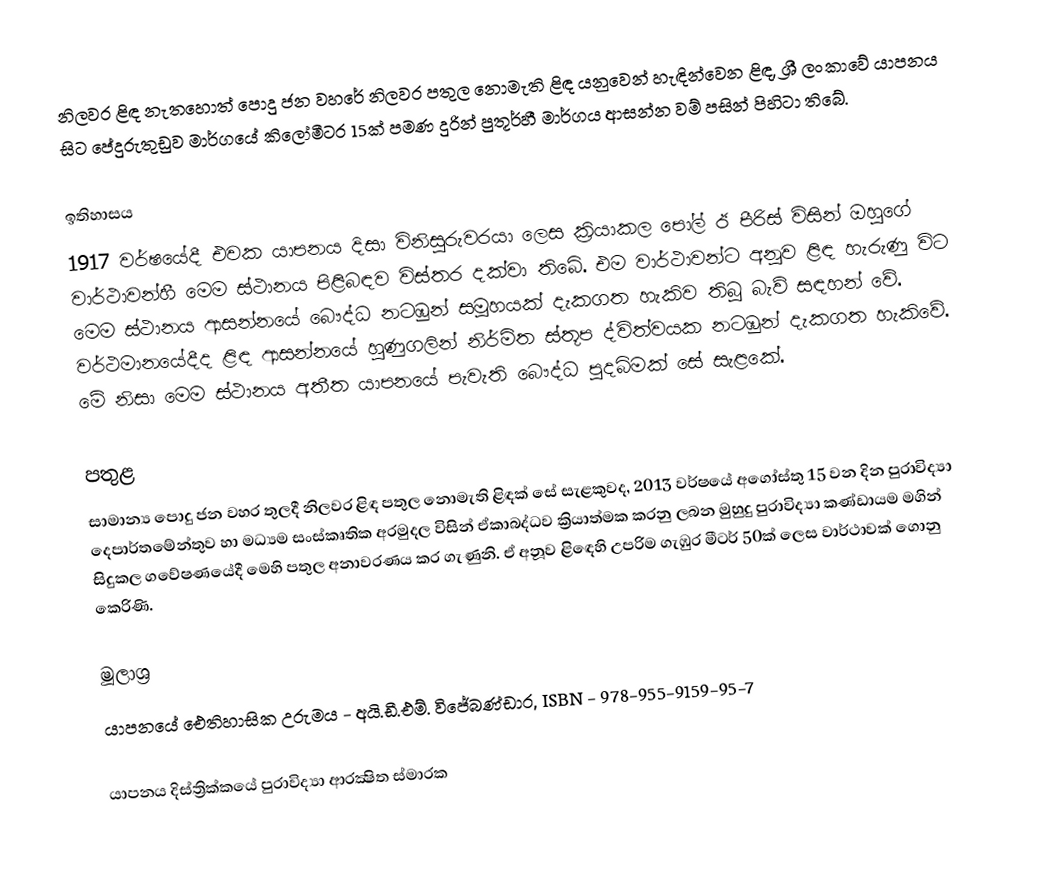
නිලවර ළිඳ නැතහොත් පොදු ජන වහරේ නිලවර පතුල නොමැති ළිඳ යනුවෙන් හැඳින්වෙන ළිඳ, ශ්‍රී ලංකාවේ යාපනය සිට පේදුරුතුඩුව මාර්ගයේ කිලෝමීටර 15ක් පමණ දුරින් පුතූර්හී මාර්ගය ආසන්න වම් පසින් පිහිටා තිබේ.

ඉතිහාසය
1917 වර්ෂයේදී එවක යාපනය දිසා විනිසුරුවරයා ලෙස ක්‍රියාකල පෝල් ඊ පීරිස් විසින් ඔහුගේ වාර්ථාවන්හී මෙම ස්ථානය පිළිබඳව විස්තර දක්වා තිබේ. එම වාර්ථාවන්ට අනූව ළිඳ හැරුණු විට මෙම ස්ථානය ආසන්නයේ බෞද්ධ නටඹුන් සමූහයක් දැකගත හැකිව තිබූ බැව් සඳහන් වේ. වර්ථමානයේදීද ළිඳ ආසන්නයේ හුණුගලින් නිර්මිත ස්තූප ද්විත්වයක නටඹුන් දැකගත හැකිවේ. මේ නිසා මෙම ස්ථානය අතීත යාපනයේ පැවැති බෞද්ධ පුදබිමක් සේ සැළකේ.

පතුළ
සාමාන්‍ය පොදු ජන වහර තුලදී නිලවර ළිඳ පතුල නොමැති ළිඳක් සේ සැළකුවද, 2013 වර්ෂයේ අගෝස්තු 15 වන දින පුරාවිද්‍යා දෙපාර්තමේන්තුව හා මධ්‍යම සංස්කෘතික අරමුදල විසින් ඒකාබද්ධව ක්‍රියාත්මක කරනු ලබන මුහුදු පුරාවිද්‍යා කණ්ඩායම මගින් සිදුකල ගවේෂණයේදී මෙහි පතුල අනාවරණය කර ගැණුනි. ඒ අනූව ළිඳෙහි උපරිම ගැඹුර මීටර් 50ක් ලෙස වාර්ථාවක් ගොනු කෙරිණි.

මූලාශ්‍ර
 යාපනයේ ඓතිහාසික උරුමය - අයි.ඩී.එම්. විජේබණ්ඩාර, ISBN - 978-955-9159-95-7

යාපනය දිස්ත්‍රික්කයේ පුරාවිද්‍යා ආරක්‍ෂිත ස්මාරක